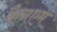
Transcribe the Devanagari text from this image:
कैनएम